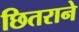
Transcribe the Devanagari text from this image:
छितराने